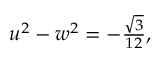
\begin{array} { r } { u ^ { 2 } - w ^ { 2 } = - \frac { \sqrt { 3 } } { 1 2 } , } \end{array}